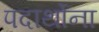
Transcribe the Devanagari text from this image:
पदार्थोना